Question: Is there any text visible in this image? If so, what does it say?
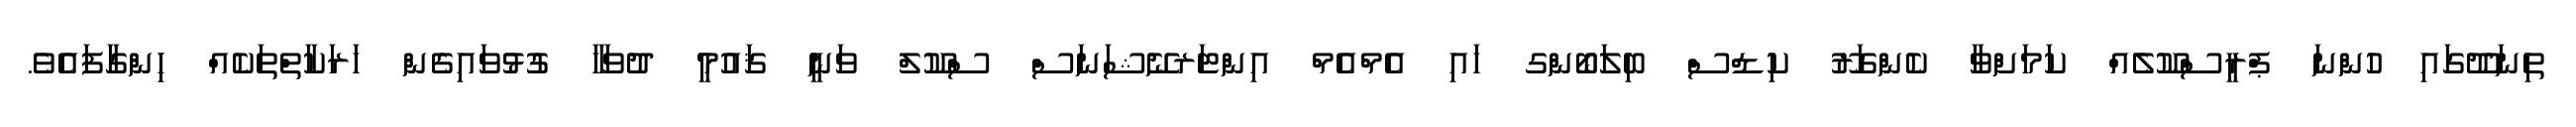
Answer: ތިނަދޫގައި ހުންނަ ޕްރީސްކޫލެއް ކަމަށްވާ ކެންގަރޫ ކިޑްސް ބިލަބޯންގ ހައި އެމްއެމް އިންޓަރނޭޝަނަސް ސްކޫލް ވަނީ ޤައުމީ ދުވަހާ ގުޅުވައިގެން ހަރަކާތްތަކެއް ހިންގާފައެވެ.